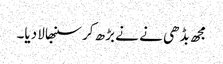
مجھ بڈھی نے نے بڑھ کر سنبھالا دیا۔